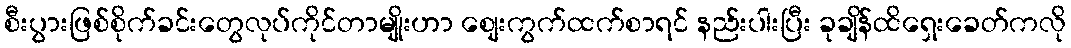
စီးပွားဖြစ်စိုက်ခင်းတွေလုပ်ကိုင်တာမျိုးဟာ စျေးကွက်ထက်စာရင် နည်းပါးပြီး ခုချိန်ထိရှေးခေတ်ကလို